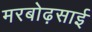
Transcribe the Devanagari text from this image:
मरबोढ़साई